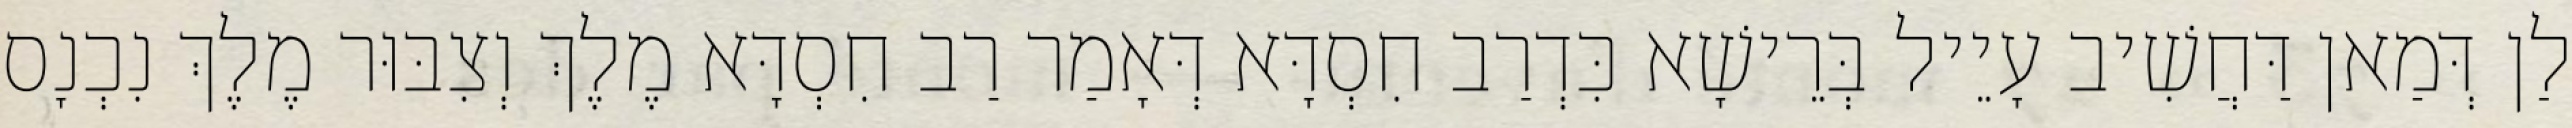
לַן דְּמַאן דַּחֲשִׁיב עָיֵיל בְּרֵישָׁא כִּדְרַב חִסְדָּא דְּאָמַר רַב חִסְדָּא מֶלֶךְ וְצִבּוּר מֶלֶךְ נִכְנָס